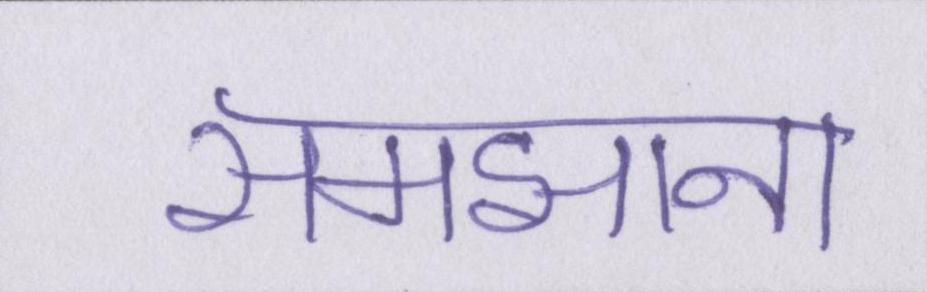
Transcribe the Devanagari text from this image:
समझाना